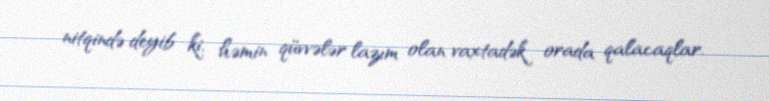
nitqində deyib ki, həmin qüvvələr lazım olan vaxtadək orada qalacaqlar.